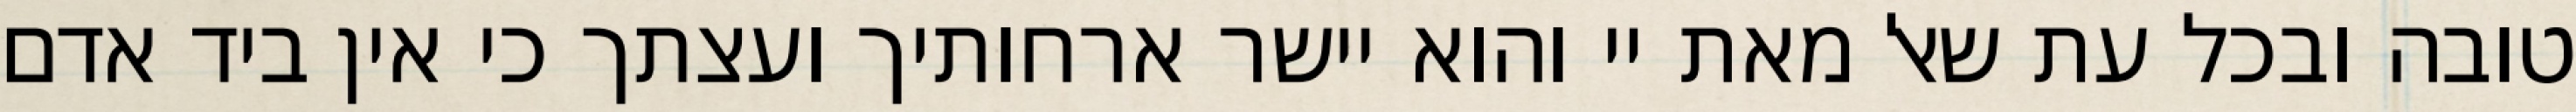
טובה ובכל עת שאל מאת יי והוא יישר ארחותיך ועצתך כי אין ביד אדם